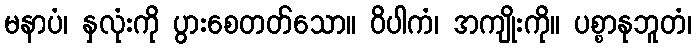
မနာပံ၊ နှလုံးကို ပွားစေတတ်သော။ ဝိပါကံ၊ အကျိုးကို။ ပစ္စာနုဘူတံ၊